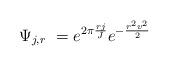
LaTeX: \begin{align*}\Psi_{j,r} = e^{2\pi \frac{rj}{J}} e^{-\frac{r^2v^2}{2}}\end{align*}